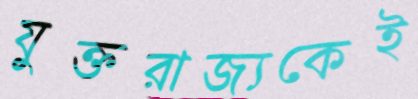
যুক্তরাজ্যকেই